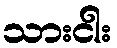
သားငါး